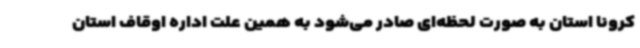
کرونا استان به صورت لحظه‌ای صادر می‌شود به همین علت اداره اوقاف استان